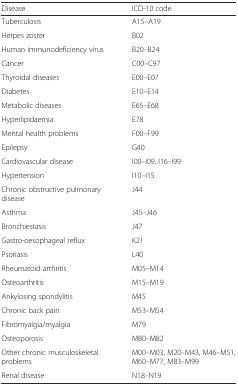
<table><thead><tr><td><b>Disease</b></td><td><b>ICD-10 code</b></td></tr></thead><tbody><tr><td>Tuberculosis</td><td>A15–A19</td></tr><tr><td>Herpes zoster</td><td>B02</td></tr><tr><td>Human immunodeficiency virus</td><td>B20–B24</td></tr><tr><td>Cancer</td><td>C00–C97</td></tr><tr><td>Thyroidal diseases</td><td>E00–E07</td></tr><tr><td>Diabetes</td><td>E10–E14</td></tr><tr><td>Metabolic diseases</td><td>E65–E68</td></tr><tr><td>Hyperlipidaemia</td><td>E78</td></tr><tr><td>Mental health problems</td><td>F00–F99</td></tr><tr><td>Epilepsy</td><td>G40</td></tr><tr><td>Cardiovascular disease</td><td>I00–I09, I16–I99</td></tr><tr><td>Hypertension</td><td>I10–I15</td></tr><tr><td>Chronic obstructive pulmonary disease</td><td>J44</td></tr><tr><td>Asthma</td><td>J45–J46</td></tr><tr><td>Bronchiestasis</td><td>J47</td></tr><tr><td>Gastro-oesophageal reflux</td><td>K21</td></tr><tr><td>Psoriasis</td><td>L40</td></tr><tr><td>Rheumatoid arthritis</td><td>M05–M14</td></tr><tr><td>Osteoarthritis</td><td>M15–M19</td></tr><tr><td>Ankylosing spondylitis</td><td>M45</td></tr><tr><td>Chronic back pain</td><td>M53–M54</td></tr><tr><td>Fibromyalgia/myalgia</td><td>M79</td></tr><tr><td>Osteoporosis</td><td>M80–M82</td></tr><tr><td>Other chronic musculoskeletal problems</td><td>M00–M03, M20–M43, M46–M51, M60–M77, M83–M99</td></tr><tr><td>Renal disease</td><td>N18–N19</td></tr></tbody></table>